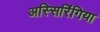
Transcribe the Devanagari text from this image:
अस्सिरिंगिया